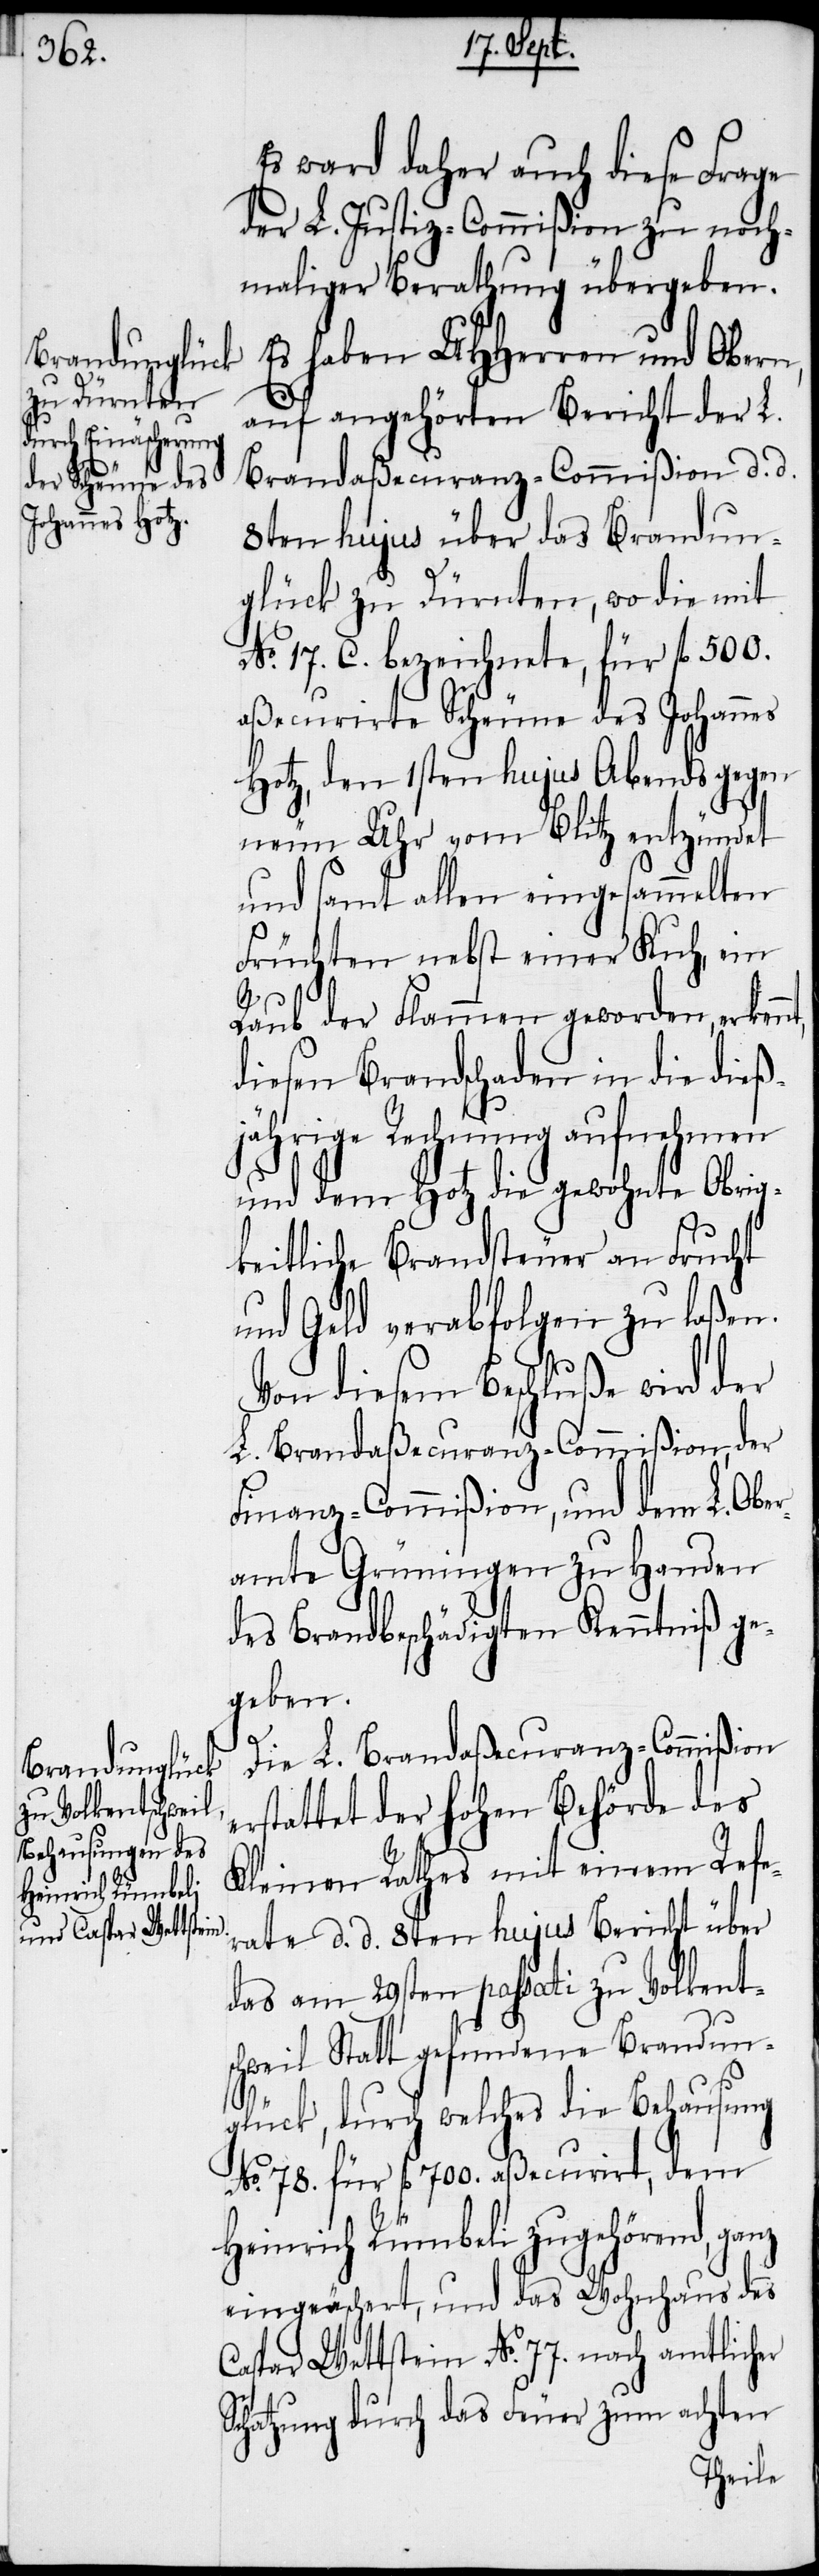
Es ward daher auch diese Frage
der L. Justiz-Commißion zu noch¬
maliger Berathung übergeben.
Es haben UHHerren und Obern
auf angehörten Bericht der L.
Brandaßecuranz-Commißion d. d.
8ten hujus über das Brandun¬
glück zu Dürnten, wo die mit
No. 17. C. bezeichnete, für fl 500.
aßecurirte Scheune des Johannes
Hotz, den 1sten hujus Abends gegen
neun Uhr vom Blitz entzündet
und samt allen eingesammelten
Früchten nebst einer Kuh, ein
Raub der Flammen geworden, erkennt
diesen Brandschaden in die dieß¬
jährige Rechnung aufnehmen
und dem Hotz die gewohnte Obrig¬
keitliche Brandsteuer an Frucht
und Geld verabfolgen zu laßen.
Von diesem Beschluße wird der
L. Brandaßecuranz-Commißion, der
Finanz-Commißion, und dem L. Obe¬
ramte Grüningen zu Handen
des Brandbeschädigten Kenntniß ge¬
geben.
Die L. Brandaßecuranz-Commißion
erstattet der hohen Behörde des
Kleinen Rathes mit einem Refe¬
rate d. d. 8ten hujus Bericht über
das am 29sten passati zu Vokent¬
schweil Statt gefundene Brandun¬
glück, durch welches die Behausung
No. 78. für fl 700. aßecurirt, dem
Heinrich Rümbeli zugehörend, ganz
eingeäschert, und das Wohnhaus des
Caspar Wettstein No. 77. nach amtlicher
Schatzung durch das Feuer zum achten